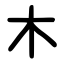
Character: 木